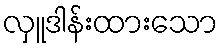
လှူဒါန်းထားသော